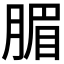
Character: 𣎊